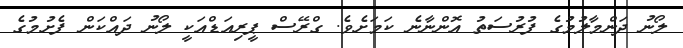
ލޯނު ދަންމާލުމުގެ ފުރުސަތު އޮންނާނެ ކަމަށެވެ. ގްރޭސް ޕީރިއަޑްއަކީ ލޯނު ދައްކަން ފެށުމުގެ